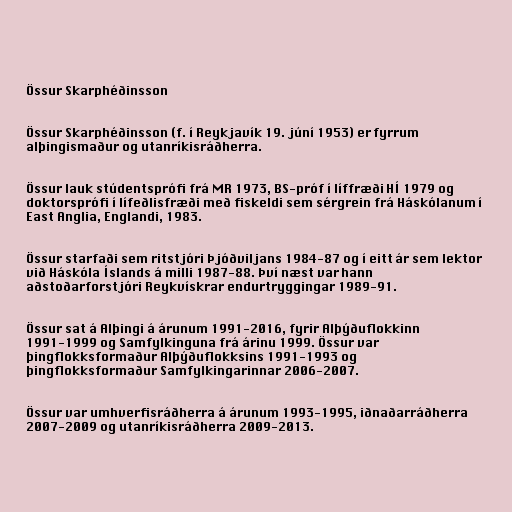
Össur Skarphéðinsson

Össur Skarphéðinsson (f. í Reykjavík 19. júní 1953) er fyrrum
alþingismaður og utanríkisráðherra.

Össur lauk stúdentsprófi frá MR 1973, BS-próf í líffræði HÍ 1979 og
doktorsprófi í lífeðlisfræði með fiskeldi sem sérgrein frá Háskólanum í
East Anglia, Englandi, 1983.

Össur starfaði sem ritstjóri Þjóðviljans 1984-87 og í eitt ár sem lektor
við Háskóla Íslands á milli 1987-88. Því næst var hann
aðstoðarforstjóri Reykvískrar endurtryggingar 1989-91.

Össur sat á Alþingi á árunum 1991-2016, fyrir Alþýðuflokkinn
1991-1999 og Samfylkinguna frá árinu 1999. Össur var
þingflokksformaður Alþýðuflokksins 1991-1993 og
þingflokksformaður Samfylkingarinnar 2006-2007.

Össur var umhverfisráðherra á árunum 1993-1995, iðnaðarráðherra
2007-2009 og utanríkisráðherra 2009-2013.